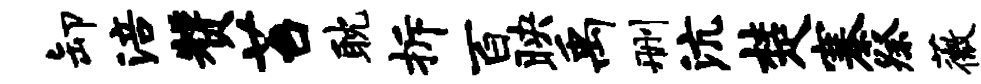
卸涪赞苔耽拆百映禹删沆楚寨祭薇